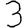
Digit: 3